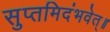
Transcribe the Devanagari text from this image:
सुप्तमिदंभवेत्॥